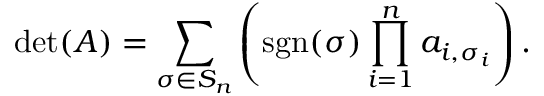
\operatorname* { d e t } ( A ) = \sum _ { \sigma \in S _ { n } } \left( \operatorname { s g n } ( \sigma ) \prod _ { i = 1 } ^ { n } a _ { i , \sigma _ { i } } \right) .